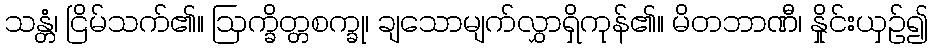
သန္တံ၊ ငြိမ်သက်၏။ ဩက္ခိတ္တစက္ခု၊ ချသောမျက်လွှာရှိကုန်၏။ မိတဘာဏီ၊ နှိုင်းယှဉ်၍